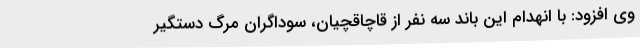
وی افزود: با انهدام این باند سه نفر از قاچاقچیان، سوداگران مرگ دستگیر